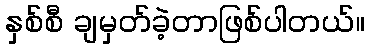
နှစ်စီ ချမှတ်ခဲ့တာဖြစ်ပါတယ်။